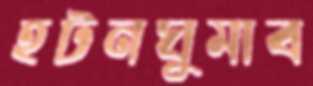
হটনঘুমাব